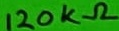
Text: 120KΩ